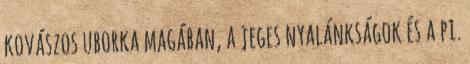
kovászos uborka magában, a jeges nyalánkságok és a pi.